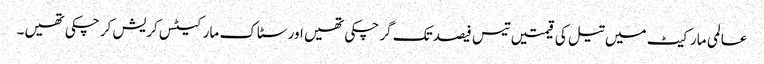
عالمی مارکیٹ میں تیل کی قیمتیں تیس فیصد تک گر چکی تھیں اور سٹاک مارکیٹس کریش کر چکی تھیں۔